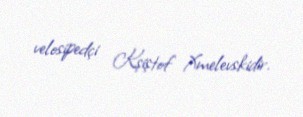
velosipedçi Kşiştof Xmelevskidir.